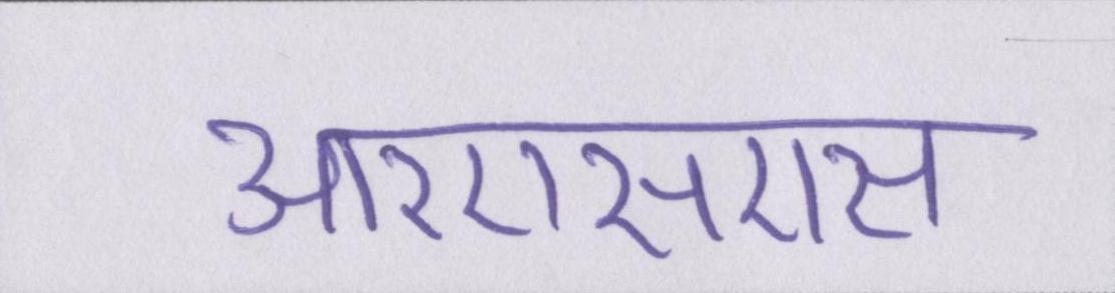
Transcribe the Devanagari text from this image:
आरएसएस